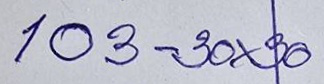
103 - 30x30